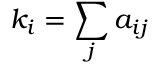
k _ { i } = \sum _ { j } a _ { i j }